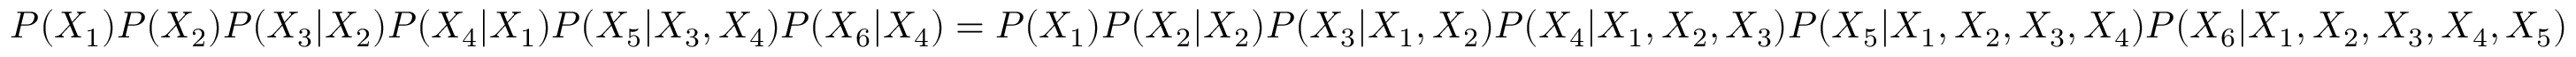
P ( X _ { 1 } ) P ( X _ { 2 } ) P ( X _ { 3 } | X _ { 2 } ) P ( X _ { 4 } | X _ { 1 } ) P ( X _ { 5 } | X _ { 3 } , X _ { 4 } ) P ( X _ { 6 } | X _ { 4 } ) = P ( X _ { 1 } ) P ( X _ { 2 } | X _ { 2 } ) P ( X _ { 3 } | X _ { 1 } , X _ { 2 } ) P ( X _ { 4 } | X _ { 1 } , X _ { 2 } , X _ { 3 } ) P ( X _ { 5 } | X _ { 1 } , X _ { 2 } , X _ { 3 } , X _ { 4 } ) P ( X _ { 6 } | X _ { 1 } , X _ { 2 } , X _ { 3 } , X _ { 4 } , X _ { 5 } )